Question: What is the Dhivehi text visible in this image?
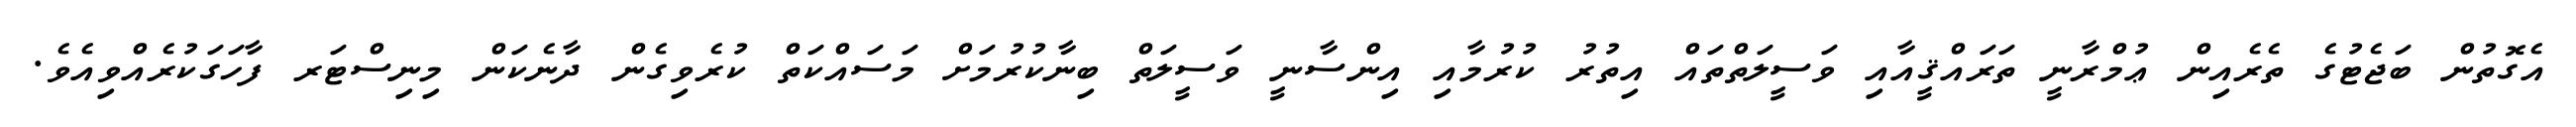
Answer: އެގޮތުން ބަޖެޓުގެ ތެރެއިން ޢުމްރާނީ ތަރައްޤީއާއި ވަސީލަތްތައް އިތުރު ކުރުމާއި އިންސާނީ ވަސީލަތް ބިނާކުރުމަށް މަސައްކަތް ކުރެވިގެން ދާނެކަން މިނިސްޓަރ ފާހަގަކުރެއްވިއެވެ.